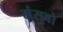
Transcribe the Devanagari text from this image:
मंसूबो